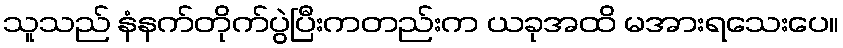
သူသည် နံနက်တိုက်ပွဲပြီးကတည်းက ယခုအထိ မအားရသေးပေ။